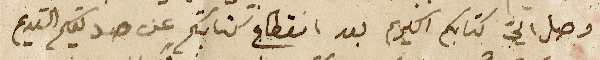
وصل اليّ كتابكم الكريم بعد انقطاع كتابتكم عن صديقكم القديم